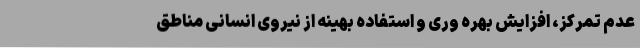
عدم تمرکز، افزایش بهره وری و استفاده بهینه از نیروی انسانی مناطق